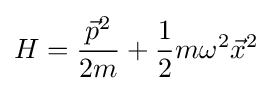
H={\frac {{\vec {p}}^{2}}{2m}}+{\frac {1}{2}}m\omega ^{2}{\vec {x}}^{2}